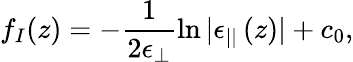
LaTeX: f_{I}(z)=-\frac{1}{2\epsilon_{\perp}}\ln|\epsilon_{||}\left(z\right)|+c_{0},